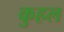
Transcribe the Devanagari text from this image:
कुहल